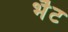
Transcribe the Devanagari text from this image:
भॆंट